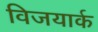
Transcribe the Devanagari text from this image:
विजयार्क